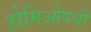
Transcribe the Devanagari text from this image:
होमिओपथी